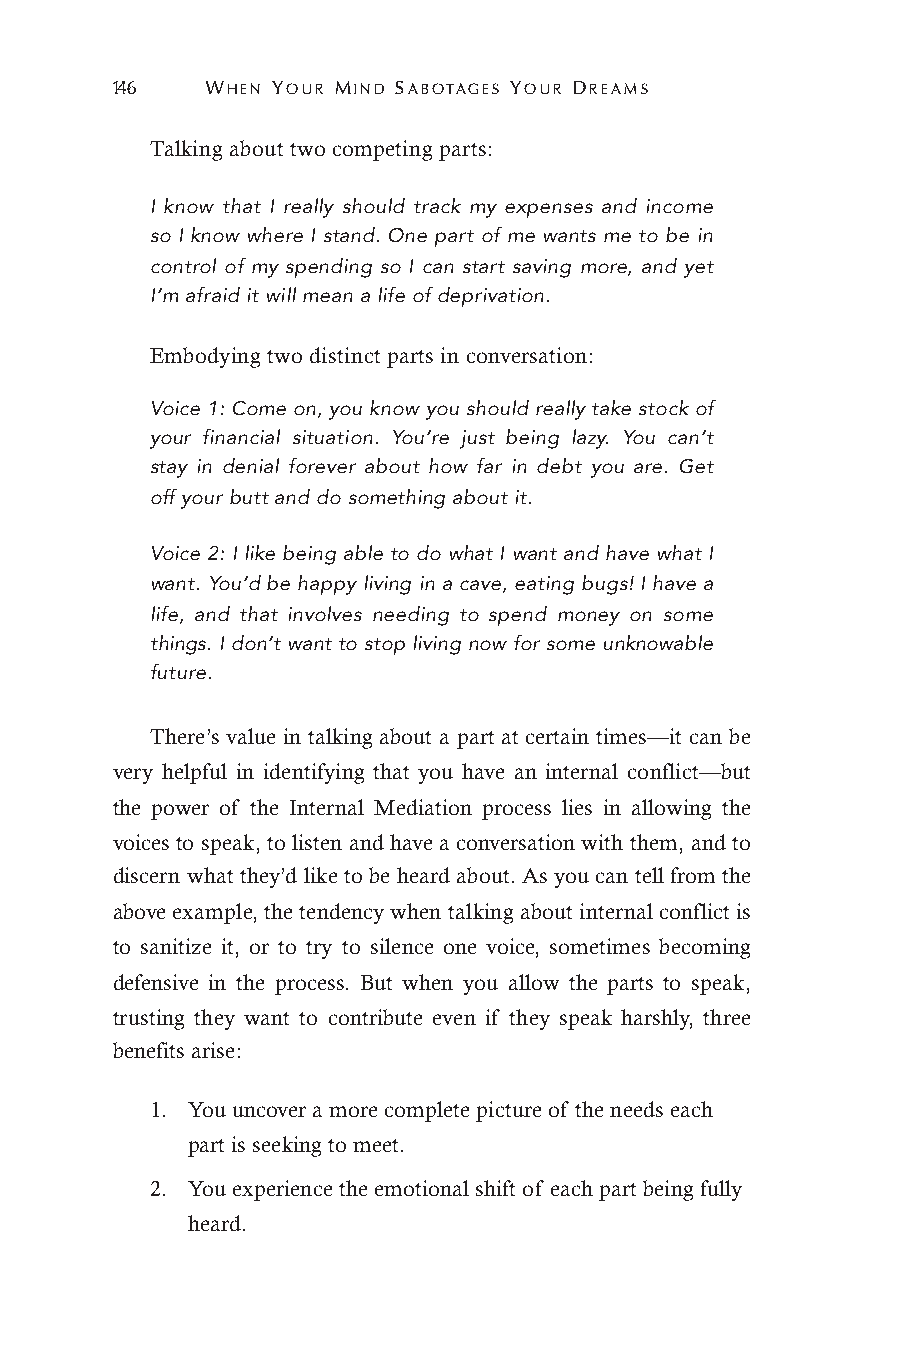
146    WHEN YOUR MIND SABOTAGES YOUR DREAMS
 Talking about two competing parts:
 I know that I really should track my expenses and income
 so I know where I stand. One part of me wants me to be in
 control of my spending so I can start saving more, and yet
 I’m afraid it will mean a life of deprivation.
 Embodying two distinct parts in conversation:
 Voice 1: Come on, you know you should really take stock of
 your financial situation. You’re just being lazy. You can’t
 stay in denial forever about how far in debt you are. Get
 off your butt and do something about it.
 Voice 2: I like being able to do what I want and have what I
 want. You’d be happy living in a cave, eating bugs! I have a
 life, and that involves needing to spend money on some
 things. I don’t want to stop living now for some unknowable
 future.
 There’s value in talking about a part at certain times—it can be
 very helpful in identifying that you have an internal conflict—but
 the power of the Internal Mediation process lies in allowing the
 voices to speak, to listen and have a conversation with them, and to
 discern what they’d like to be heard about. As you can tell from the
 above example, the tendency when talking about internal conflict is
 to sanitize it, or to try to silence one voice, sometimes becoming
 defensive in the process. But when you allow the parts to speak,
 trusting they want to contribute even if they speak harshly, three
 benefits arise:
 1. You uncover a more complete picture of the needs each
 part is seeking to meet.
 2. You experience the emotional shift of each part being fully
 heard.